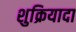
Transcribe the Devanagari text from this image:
शुक्रियादा